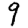
Digit: 9